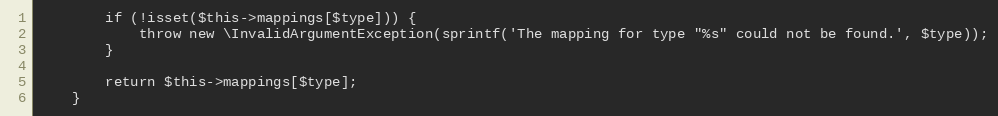
Language: PHP
        if (!isset($this->mappings[$type])) {
            throw new \InvalidArgumentException(sprintf('The mapping for type "%s" could not be found.', $type));
        }

        return $this->mappings[$type];
    }